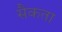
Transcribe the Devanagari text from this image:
सैकता